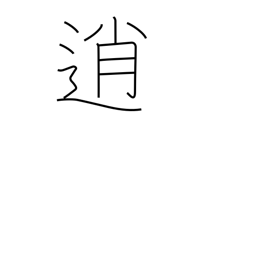
Meaning: loaf